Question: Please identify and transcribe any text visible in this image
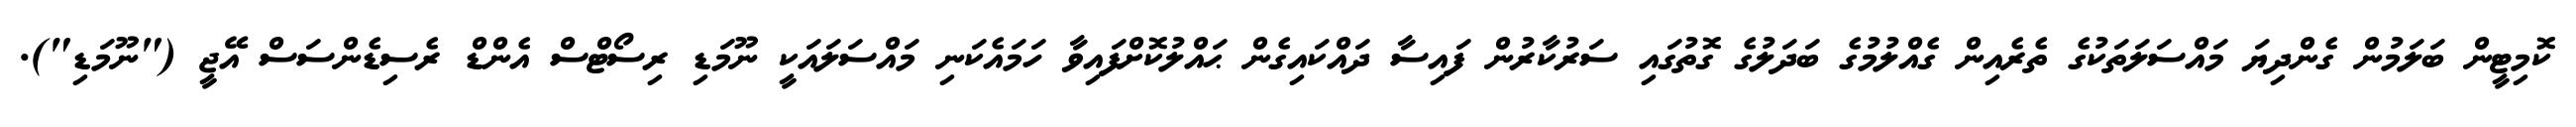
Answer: ކޮމިޓީން ބަލަމުން ގެންދިޔަ މައްސަލަތަކުގެ ތެރެއިން ގެއްލުމުގެ ބަދަލުގެ ގޮތުގައި ސަރުކާރުން ފައިސާ ދައްކައިގެން ޙައްލުކޮށްފައިވާ ހަމައެކަނި މައްސަލައަކީ ނޫމަޑި ރިސޯޓްސް އެންޑް ރެސިޑެންސަސް އޭޖީ ("ނޫމަޑި").